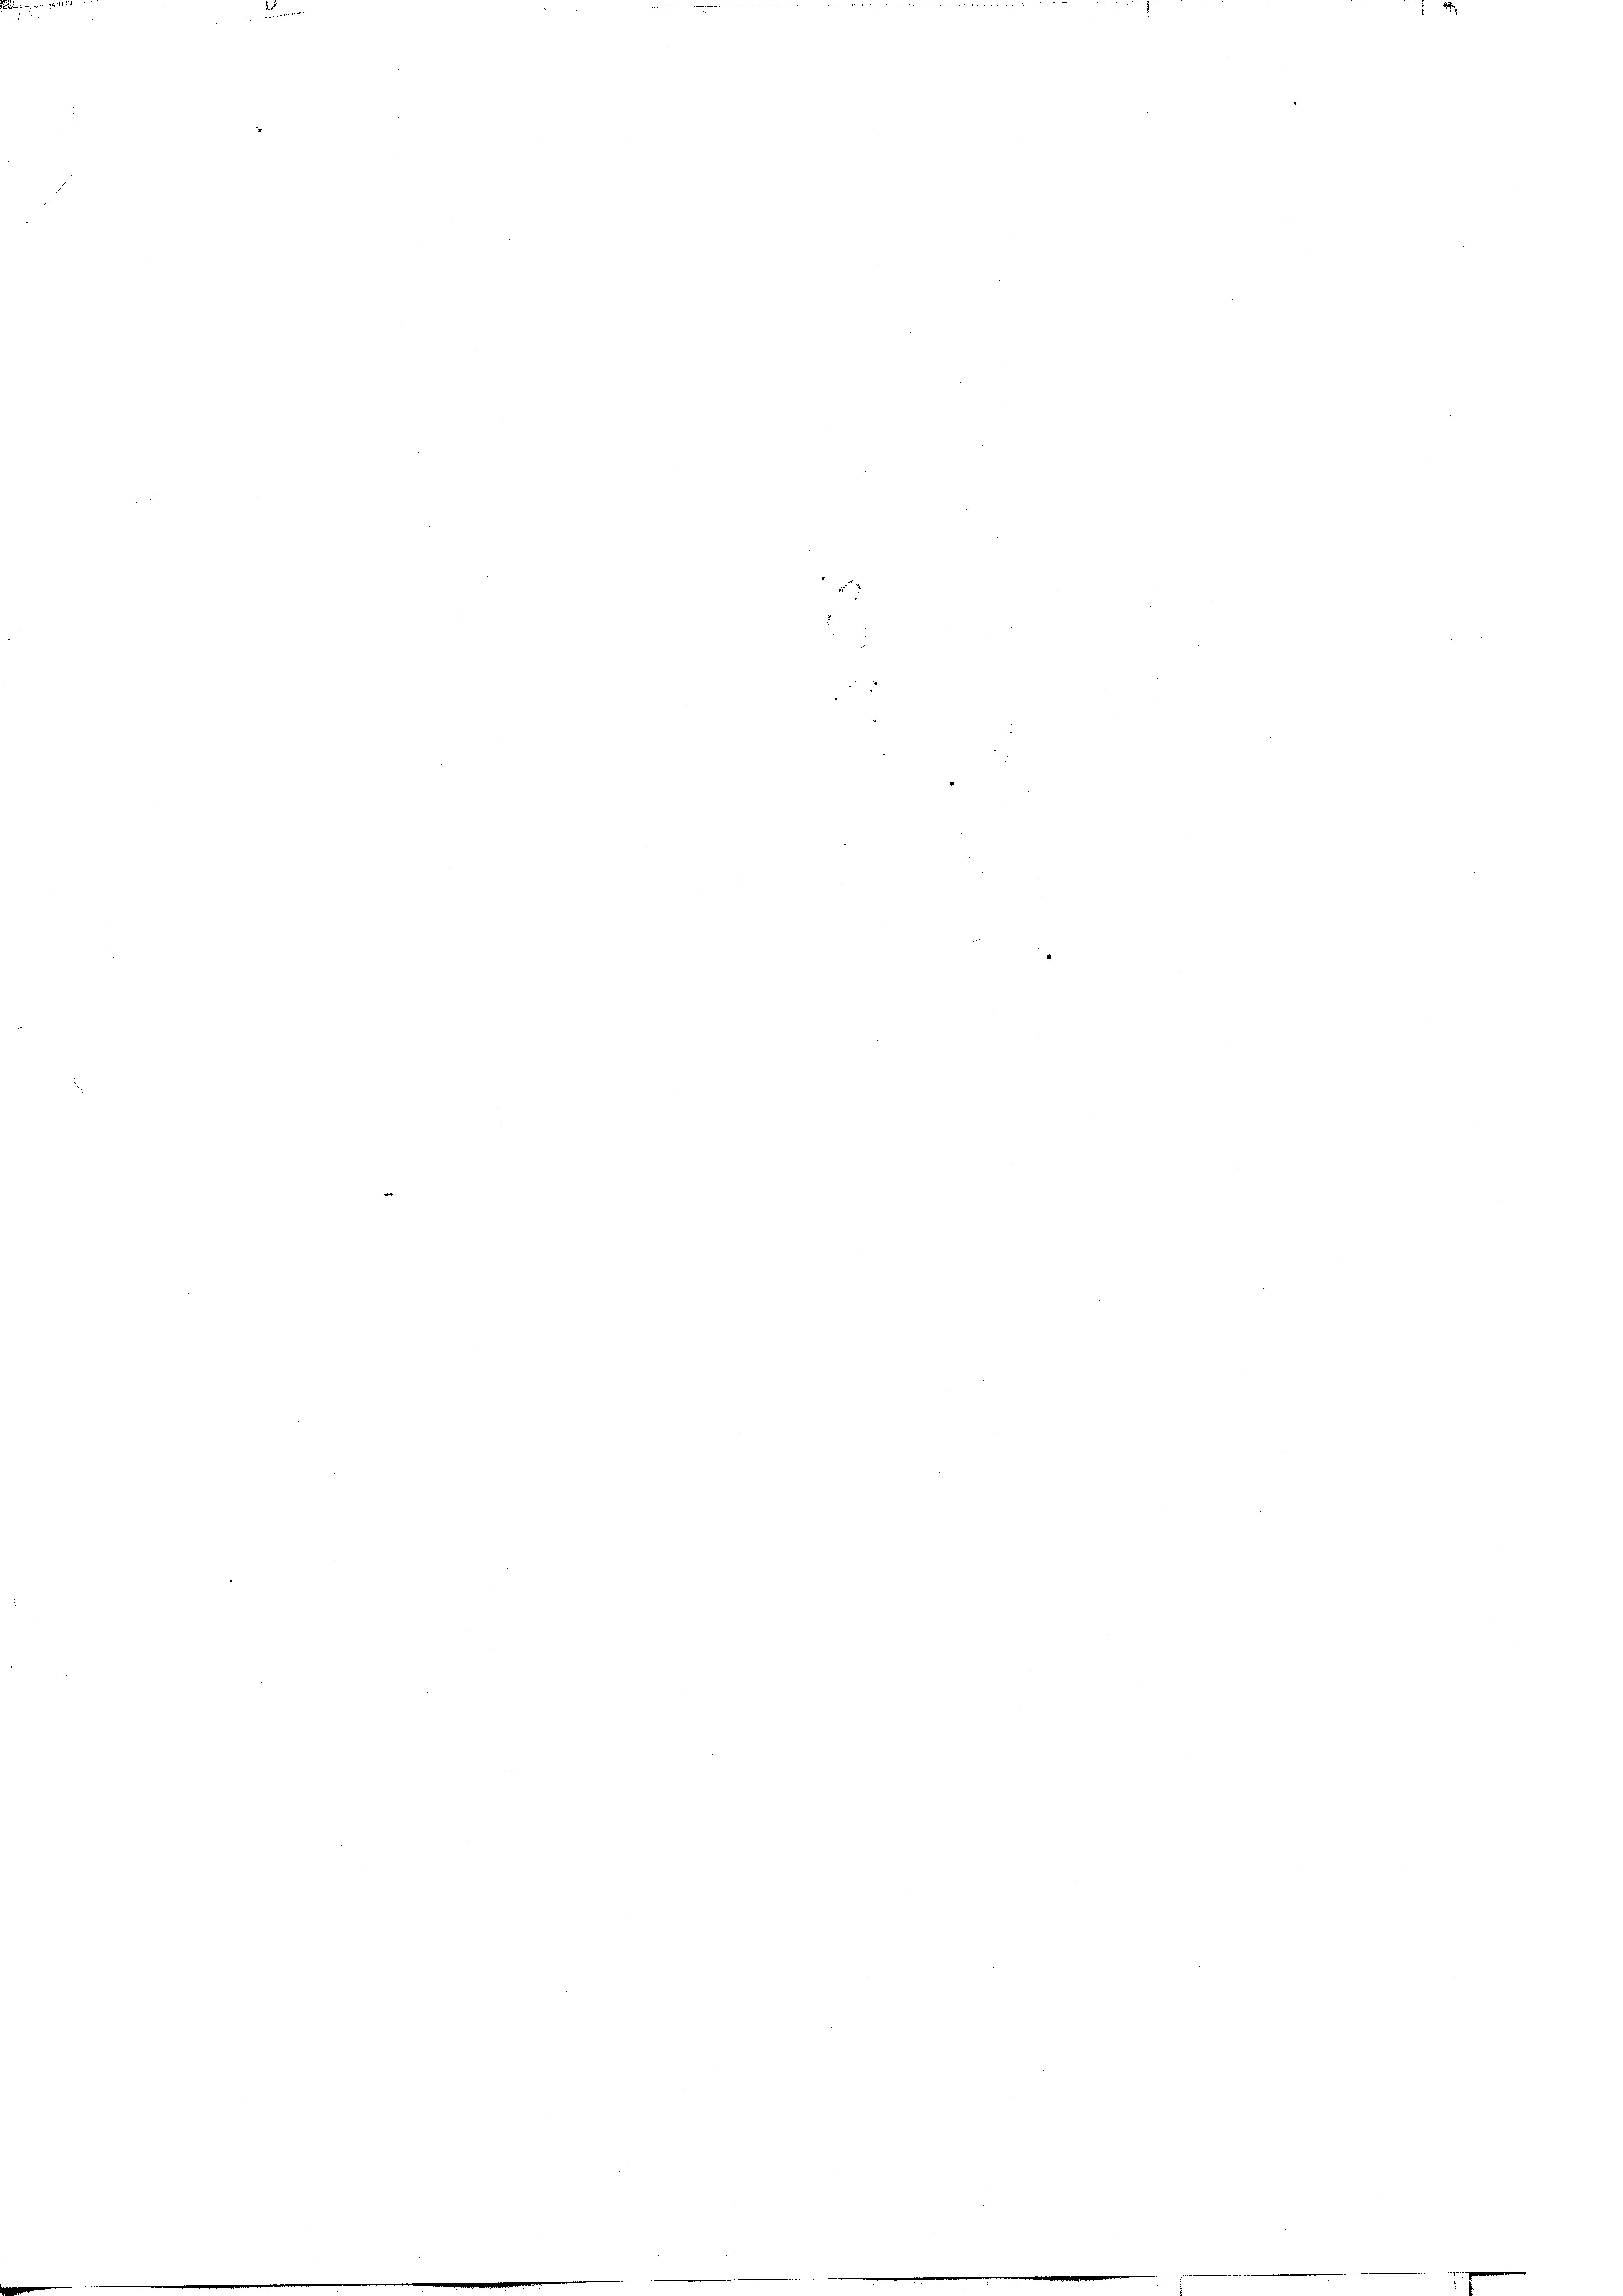
e

1714

nemmung

Privatre

2